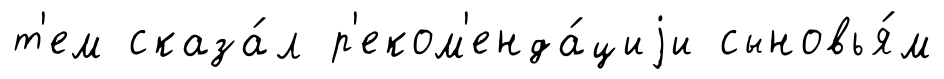
т'ем сказа́л р'еком'енда́циjи сыновья́м